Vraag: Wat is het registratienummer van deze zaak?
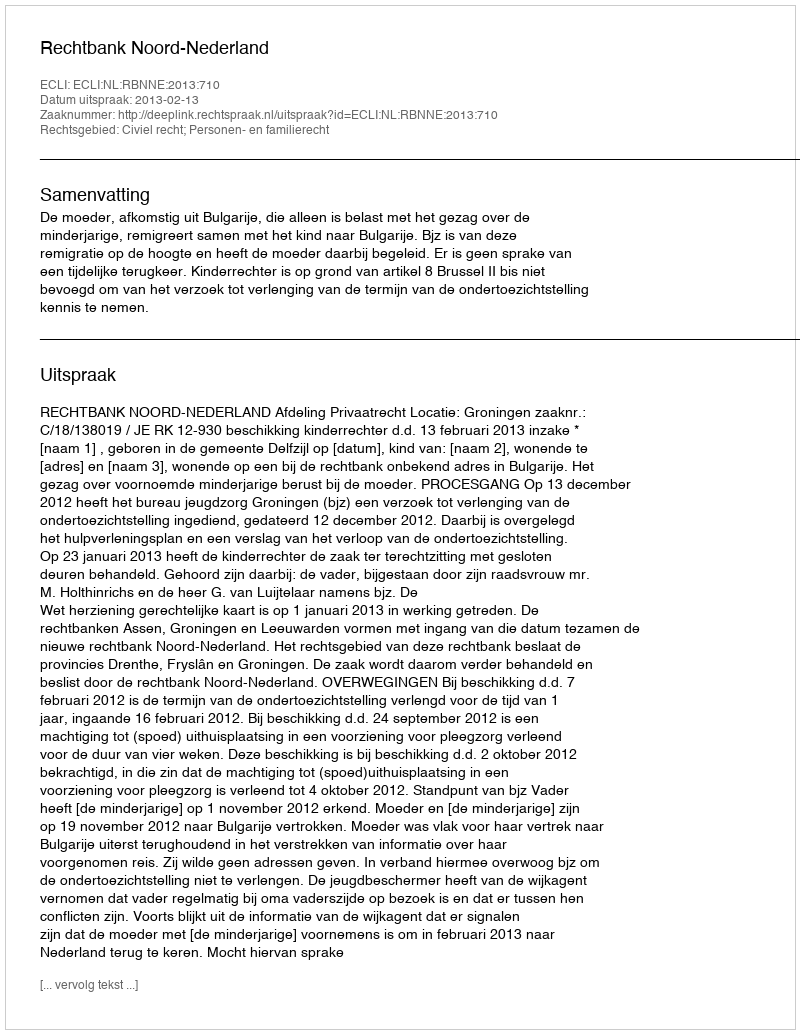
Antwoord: http://deeplink.rechtspraak.nl/uitspraak?id=ECLI:NL:RBNNE:2013:710